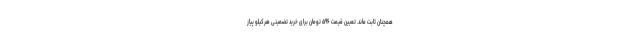
همچنان ثابت ماند. تعیین قیمت ۵۹۶ تومان برای خرید تضمینی هرکیلو پیاز